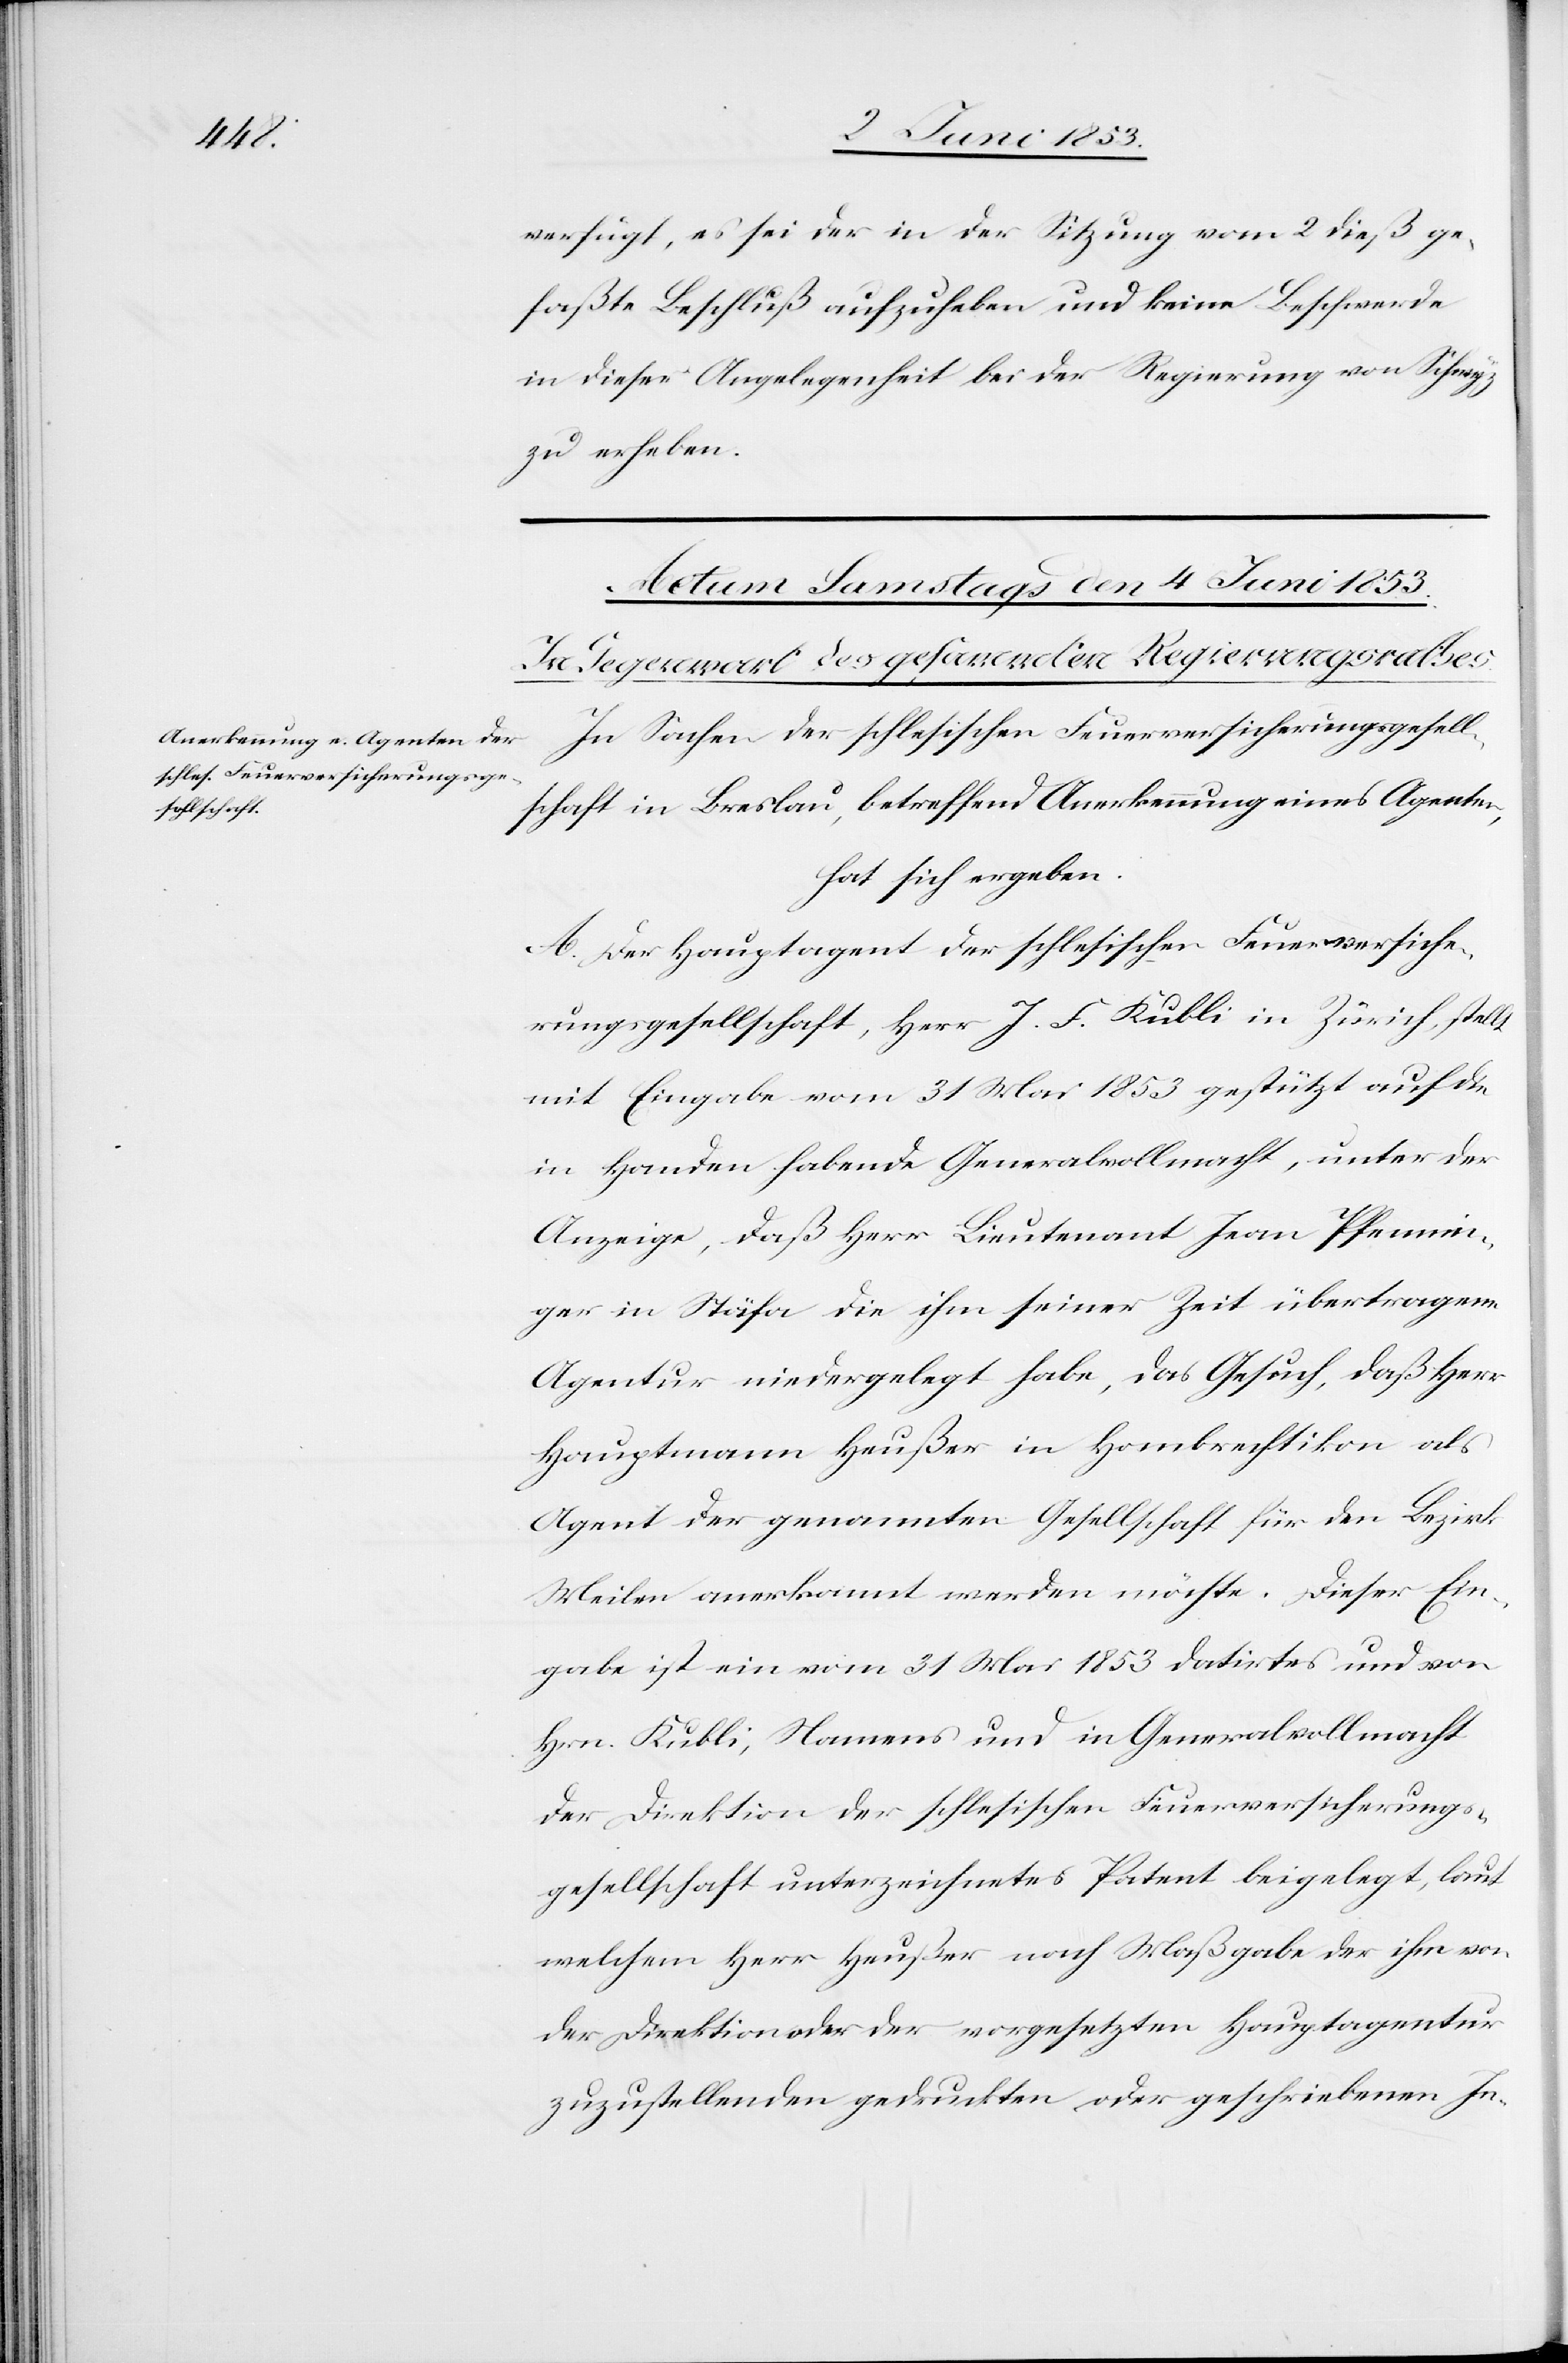
verfügt, es sei der in der Sitzung vom 2 dieß ge¬
faßte Beschluß aufzuheben und keine Beschwerde
in dieser Angelegenheit bei der Regierung von Schwyz
zu erheben.
In Sachen der schlesischen Feuerversicherungsgesell¬
schaft in Breslau, betreffend Anerkennung eines Agenten,
hat sich ergeben:
A. Der Hauptagent der schlesischen Feuerversiche¬
rungsgesellschaft, Herr J. F. Kübli in Zürich, stellt
mit Eingabe vom 31 Mai 1853 gestützt auf die
in Handen habende Generalvollmacht, unter
Anzeige, daß Herr Lieutenant Jean Pfennin¬
ger in Stäfa die ihm seiner Zeit übertragene
Agentur niedergelegt habe, das Gesuch, daß Herr
Hauptmann Heußer in Hombrechtikon als
Agent der genannten Gesellschaft für den Bezirk
Meilen anerkannt werden möchte. Dieser Ein¬
gabe ist ein vom 31 Mai 1853 datirtes und von
Hrn. Kubli, Namens und in Generalvollmacht
der Direktion der schlesischen Feuerversicherungs¬
gesellschaft unterzeichnetes Patent beigelegt, laut
welchem Herr Heußer nach Maßgabe der ihm von
der Direktion oder der vorgesetzten Hauptagentur
zuzustellenden gedruckten oder geschriebenen In-